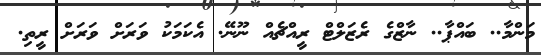
މަންމާ.. ބައްޕާ.. ނާޒްގެ ރެޒަލްޓް ރީއްޗެއް ނޫނޭ. އެކަމަކު ވަރަށް ވަރަށް ރީތި.